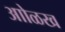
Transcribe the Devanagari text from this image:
आोळख